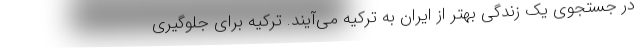
در جستجوی یک زندگی بهتر از ایران به ترکیه می‌آیند. ترکیه برای جلوگیری